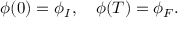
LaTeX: \phi ( 0 ) = \phi _ { I } , \quad \phi ( T ) = \phi _ { F } .